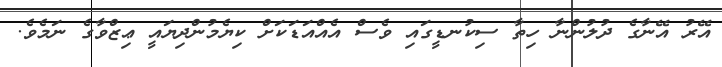
އޭރު އޭނާގެ ދުލުންނާ ހިތާ ސިކުނޑީގައި ވެސް އެއްއަޑަކަށް ކިޔެމުންދިޔައީ ޢިޒްވާގެ ނަމެވެ.